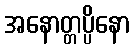
အနောတ္တပ္ပိနော